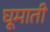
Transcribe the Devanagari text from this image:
घूमाती